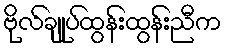
ဗိုလ်ချုပ်ထွန်းထွန်းညီက